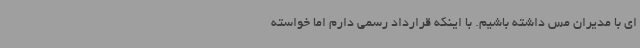
ای با مدیران مس داشته باشیم. با اینکه قرارداد رسمی دارم اما خواسته